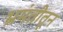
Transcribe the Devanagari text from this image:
भ्रमंतीतून